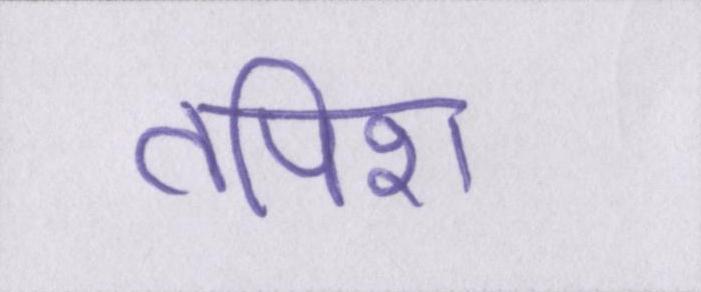
तपिश